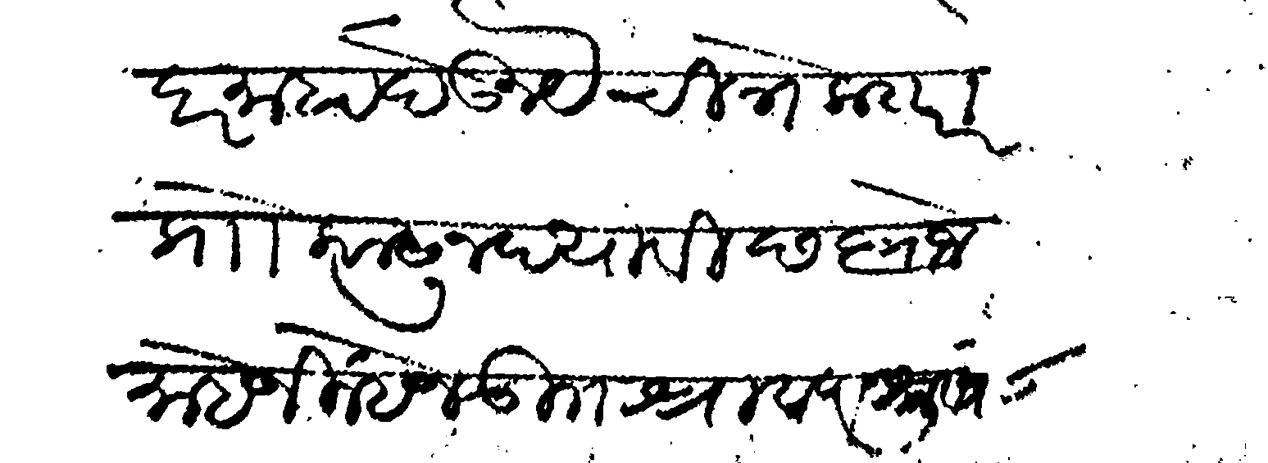
Transliteration (Devanagari): दर माहा देऊ नये चित्रे करारा प्राो काढून घ्यावी छ ६ रोज माहे जिल्हेज उ श्रावण शु ८